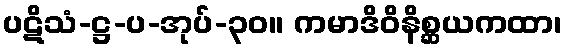
ပဋိသံ-ဋ္ဌ-ပ-အုပ်-၃၀။ ကမာဒိဝိနိစ္ဆယကထာ၊